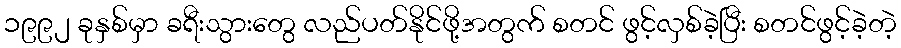
၁၉၉၂ ခုနှစ်မှာ ခရီးသွားတွေ လည်ပတ်နိုင်ဖို့အတွက် စတင် ဖွင့်လှစ်ခဲ့ပြီး စတင်ဖွင့်ခဲ့တဲ့